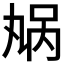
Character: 𫡬